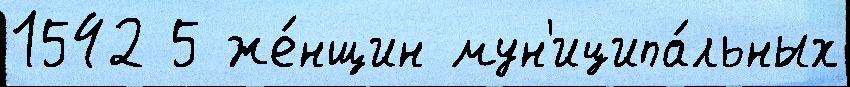
1542 5 же́нщин мун'иципа́льных